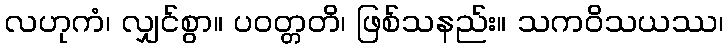
လဟုကံ၊ လျှင်စွာ။ ပဝတ္တတိ၊ ဖြစ်သနည်း။ သကဝိသယဿ၊